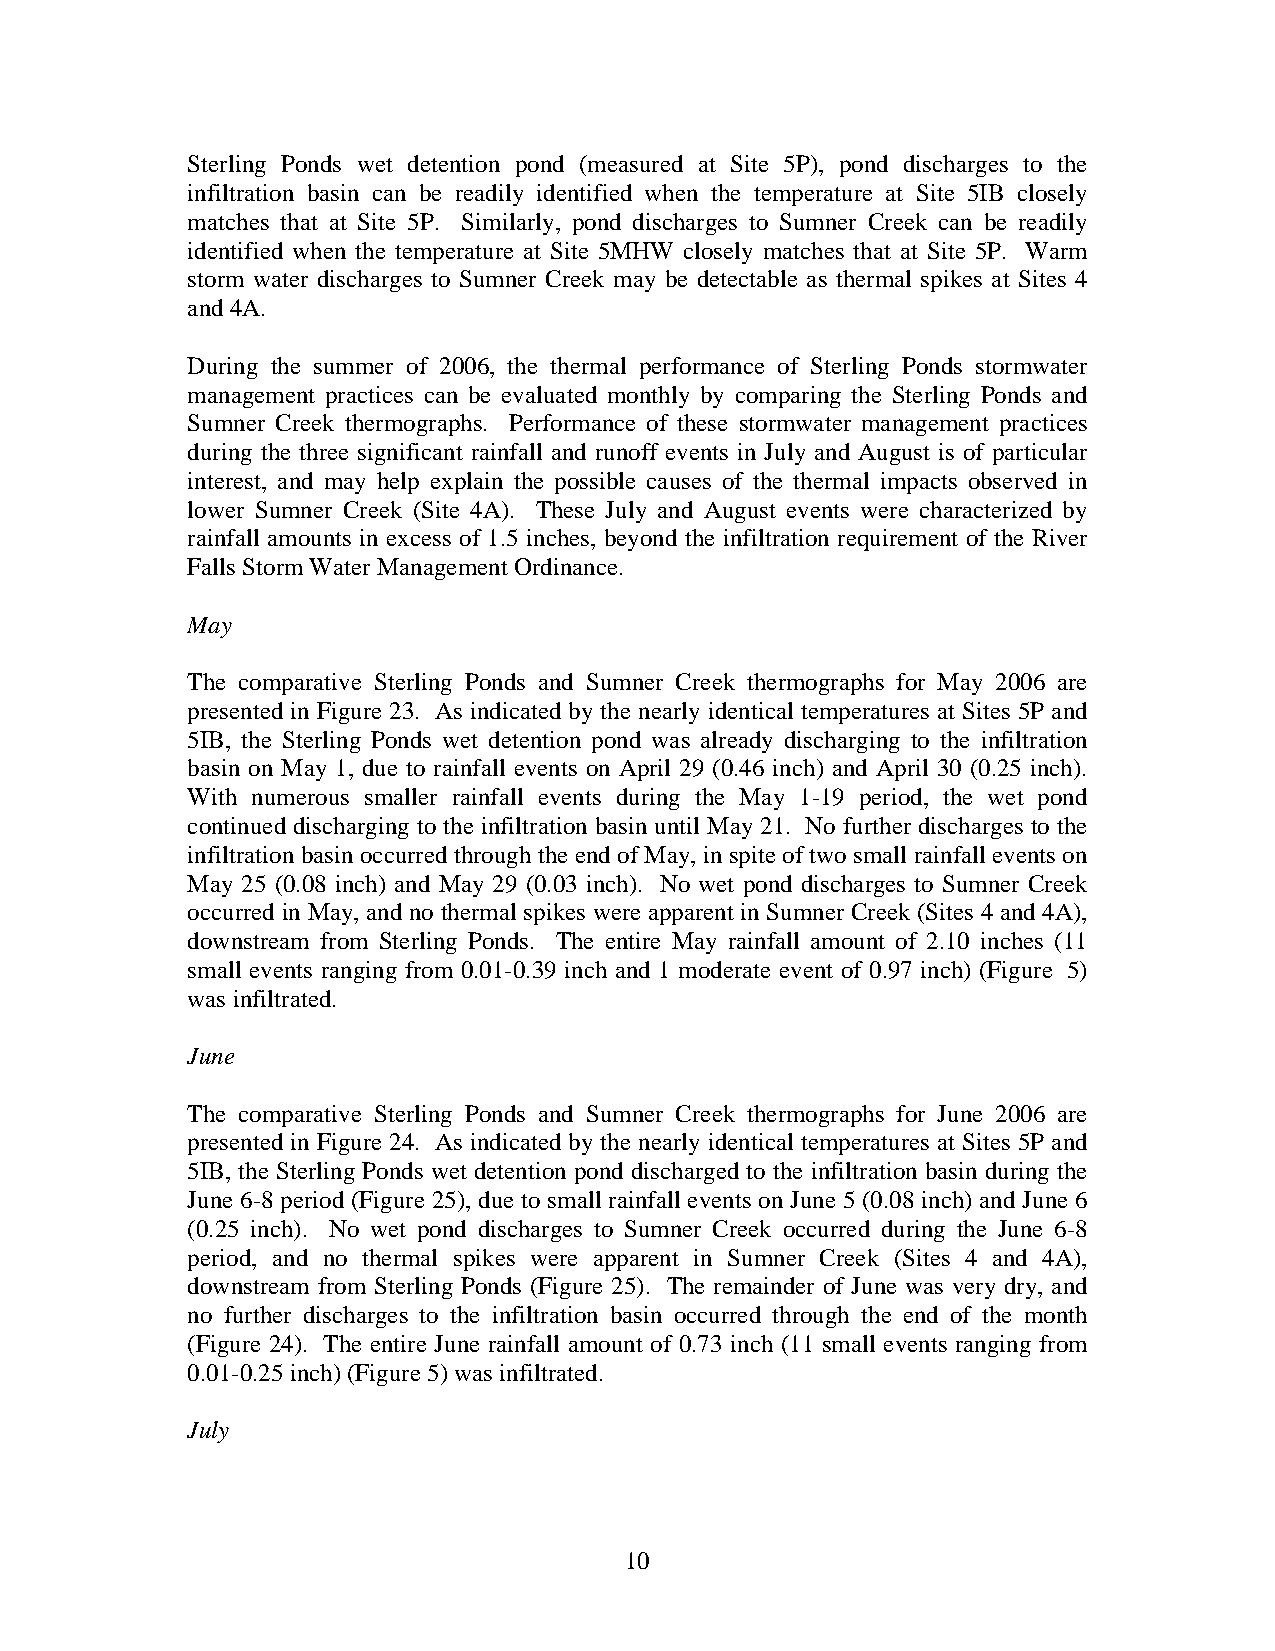
Sterling Ponds wet detention pond (measured at Site 5P), p ond discharges to the
 infiltration basin can be readily identified when the temperature at Site 5IB closely
 matches that at Site 5P. Similarly, pond discharges to Sumner Creek can be readily
 identified when the temperature at Site 5MHW closely matches that at Site 5P. Warm
 storm water discharges to Sumner Creek may be detectable as thermal spikes at Sites 4
 and 4A.
 During the summer of 2006, t he thermal performance of Sterling Ponds stormwater
 management practices can be evaluated monthly by comparing the Sterling Ponds and
 Sumner Creek thermographs. Performance of these stormwater management practices
 during the three significant rainfall and runoff events in July and August is of particular
 interest, and may help explain the possible causes of the thermal impacts observed in
 lower Sumner Creek (Site 4A). These J uly and August events were c haracterized by
 r ainfall amounts in excess of 1.5 inche s, beyond the infiltration requirement of the River
 Falls Storm Water Management Ordinance.
 May
 The comparative Sterling Ponds a nd Sumner Creek thermographs for M ay 2006 are
 presented in Figure 23. As indicated by the nearly identical t emperatures at Sites 5P and
 5IB , the Sterling Ponds wet detention pond was already discharging to the infiltration
 basin on May 1, due to rainfall events on April 29 (0.46 inch) and April 30 (0.25 inch).
 With numerous smaller rainfall events during the May 1- 19 period, the wet pond
 continued discharging to the infiltration basin until May 21. N o further discharges to the
 infiltration basin occurred through the end of May, in spite of two small rainfall events on
 May 25 (0.08 inch) and May 29 (0.03 inch). No wet pond discharges to Sumner Creek
 occurred in May, and no thermal spikes were apparent in Sumner Creek (Sites 4 and 4A),
 downstream from Sterling Ponds. The entire May rainfall amount of 2 .10 inches (11
 small events r anging from 0.01-0.39 inch and 1 moderate event of 0.97 inch) (Figure 5)
 was infiltrated.
 June
 The comparative Sterling Ponds a nd Sumner Creek thermographs for J une 2006 are
 presented in Figure 24. As indicated by the nearly identical t emperatures at Sites 5P and
 5IB , the Sterling Ponds wet detention pond discharged to the infiltration basin during the
 June 6-8 period (Figure 25), due to s mall r ainfall events on June 5 (0.08 inch) and June 6
 (0.25 inch). N o wet pond discharges to Sumner Creek occurred during the June 6-8
 period, and no thermal spikes were apparent in Sumner Creek (Sites 4 and 4A),
 downstream from Sterling Ponds (Figure 25). The remainder of June was very dry, and
 no further discharges to the infiltration basin occurred through the end of the month
 (Figure 24). The entire June rainfall amount of 0.73 inch (11 small events ranging from
 0.01-0.25 inch) (Figure 5) was infiltrated.
 July
 10